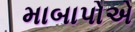
માબાપોએ